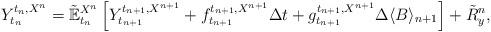
LaTeX: \begin{align*}Y_{t_{n}}^{t_{n},X^{n}}=\mathbb{\tilde{E}}_{t_{n}}^{X^{n}}\left[ Y_{t_{n+1}}^{t_{n+1},X^{n+1}}+f_{t_{n+1}}^{t_{n+1},X^{n+1}}\Delta t+g_{t_{n+1}}^{t_{n+1},X^{n+1}}\Delta \langle B\rangle_{n+1}\right] +\tilde{R}_{y}^{n},\end{align*}